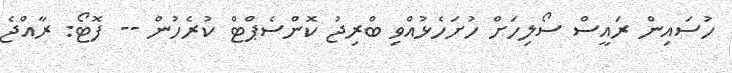
ހުސައިން ރައީސް ސޯލިހަށް ހުށަހެޅުއްވި ބްރިޖު ކޮންސެޕްޓް ކުރެހުން -- ފޮޓޯ: ރާއްޖެ